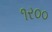
૧ર૦૦